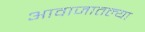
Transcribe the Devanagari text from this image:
आवाजातल्या